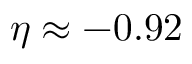
\eta \approx - 0 . 9 2 \